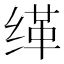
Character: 缂